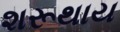
શરૂથાય